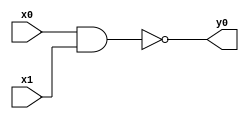
module top( x0 , x1 , y0 );
  input x0 , x1 ;
  output y0 ;
  wire n3 ;
  assign n3 = x0 & x1 ;
  assign y0 = ~n3 ;
endmodule